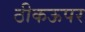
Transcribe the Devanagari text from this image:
ठीकऊपर